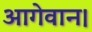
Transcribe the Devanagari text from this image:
आगेवान।